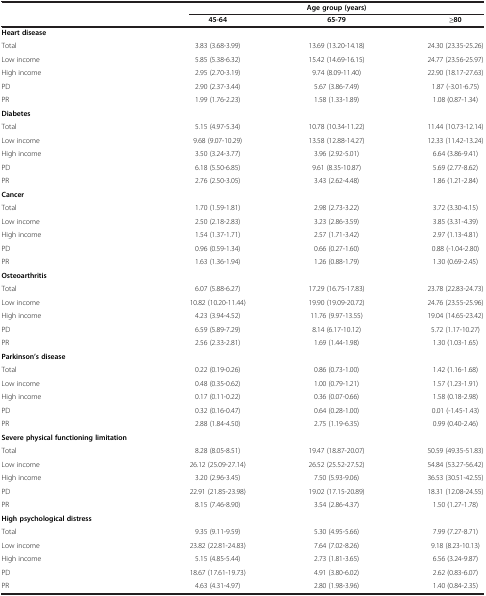
<table><thead><tr><td><b> </b></td><td colspan="3"><b>Age group (years)</b></td></tr><tr><td><b> </b></td><td><b>45-64</b></td><td><b>65-79</b></td><td><b>≥80</b></td></tr></thead><tbody><tr><td><b>Heart disease</b></td><td> </td><td> </td><td> </td></tr><tr><td>Total</td><td>3.83 (3.68-3.99)</td><td>13.69 (13.20-14.18)</td><td>24.30 (23.35-25.26)</td></tr><tr><td>Low income</td><td>5.85 (5.38-6.32)</td><td>15.42 (14.69-16.15)</td><td>24.77 (23.56-25.97)</td></tr><tr><td>High income</td><td>2.95 (2.70-3.19)</td><td>9.74 (8.09-11.40)</td><td>22.90 (18.17-27.63)</td></tr><tr><td>PD</td><td>2.90 (2.37-3.44)</td><td>5.67 (3.86-7.49)</td><td>1.87 (-3.01-6.75)</td></tr><tr><td>PR</td><td>1.99 (1.76-2.23)</td><td>1.58 (1.33-1.89)</td><td>1.08 (0.87-1.34)</td></tr><tr><td><b>Diabetes</b></td><td> </td><td> </td><td> </td></tr><tr><td>Total</td><td>5.15 (4.97-5.34)</td><td>10.78 (10.34-11.22)</td><td>11.44 (10.73-12.14)</td></tr><tr><td>Low income</td><td>9.68 (9.07-10.29)</td><td>13.58 (12.88-14.27)</td><td>12.33 (11.42-13.24)</td></tr><tr><td>High income</td><td>3.50 (3.24-3.77)</td><td>3.96 (2.92-5.01)</td><td>6.64 (3.86-9.41)</td></tr><tr><td>PD</td><td>6.18 (5.50-6.85)</td><td>9.61 (8.35-10.87)</td><td>5.69 (2.77-8.62)</td></tr><tr><td>PR</td><td>2.76 (2.50-3.05)</td><td>3.43 (2.62-4.48)</td><td>1.86 (1.21-2.84)</td></tr><tr><td><b>Cancer</b></td><td> </td><td> </td><td> </td></tr><tr><td>Total</td><td>1.70 (1.59-1.81)</td><td>2.98 (2.73-3.22)</td><td>3.72 (3.30-4.15)</td></tr><tr><td>Low income</td><td>2.50 (2.18-2.83)</td><td>3.23 (2.86-3.59)</td><td>3.85 (3.31-4.39)</td></tr><tr><td>High income</td><td>1.54 (1.37-1.71)</td><td>2.57 (1.71-3.42)</td><td>2.97 (1.13-4.81)</td></tr><tr><td>PD</td><td>0.96 (0.59-1.34)</td><td>0.66 (0.27-1.60)</td><td>0.88 (-1.04-2.80)</td></tr><tr><td>PR</td><td>1.63 (1.36-1.94)</td><td>1.26 (0.88-1.79)</td><td>1.30 (0.69-2.45)</td></tr><tr><td><b>Osteoarthritis</b></td><td> </td><td> </td><td> </td></tr><tr><td>Total</td><td>6.07 (5.88-6.27)</td><td>17.29 (16.75-17.83)</td><td>23.78 (22.83-24.73)</td></tr><tr><td>Low income</td><td>10.82 (10.20-11.44)</td><td>19.90 (19.09-20.72)</td><td>24.76 (23.55-25.96)</td></tr><tr><td>High income</td><td>4.23 (3.94-4.52)</td><td>11.76 (9.97-13.55)</td><td>19.04 (14.65-23.42)</td></tr><tr><td>PD</td><td>6.59 (5.89-7.29)</td><td>8.14 (6.17-10.12)</td><td>5.72 (1.17-10.27)</td></tr><tr><td>PR</td><td>2.56 (2.33-2.81)</td><td>1.69 (1.44-1.98)</td><td>1.30 (1.03-1.65)</td></tr><tr><td><b>Parkinson’s disease</b></td><td> </td><td> </td><td> </td></tr><tr><td>Total</td><td>0.22 (0.19-0.26)</td><td>0.86 (0.73-1.00)</td><td>1.42 (1.16-1.68)</td></tr><tr><td>Low income</td><td>0.48 (0.35-0.62)</td><td>1.00 (0.79-1.21)</td><td>1.57 (1.23-1.91)</td></tr><tr><td>High income</td><td>0.17 (0.11-0.22)</td><td>0.36 (0.07-0.66)</td><td>1.58 (0.18-2.98)</td></tr><tr><td>PD</td><td>0.32 (0.16-0.47)</td><td>0.64 (0.28-1.00)</td><td>0.01 (-1.45-1.43)</td></tr><tr><td>PR</td><td>2.88 (1.84-4.50)</td><td>2.75 (1.19-6.35)</td><td>0.99 (0.40-2.46)</td></tr><tr><td><b>Severe physical functioning limitation</b></td><td> </td><td> </td><td> </td></tr><tr><td>Total</td><td>8.28 (8.05-8.51)</td><td>19.47 (18.87-20.07)</td><td>50.59 (49.35-51.83)</td></tr><tr><td>Low income</td><td>26.12 (25.09-27.14)</td><td>26.52 (25.52-27.52)</td><td>54.84 (53.27-56.42)</td></tr><tr><td>High income</td><td>3.20 (2.96-3.45)</td><td>7.50 (5.93-9.06)</td><td>36.53 (30.51-42.55)</td></tr><tr><td>PD</td><td>22.91 (21.85-23.98)</td><td>19.02 (17.15-20.89)</td><td>18.31 (12.08-24.55)</td></tr><tr><td>PR</td><td>8.15 (7.46-8.90)</td><td>3.54 (2.86-4.37)</td><td>1.50 (1.27-1.78)</td></tr><tr><td><b>High psychological distress</b></td><td> </td><td> </td><td> </td></tr><tr><td>Total</td><td>9.35 (9.11-9.59)</td><td>5.30 (4.95-5.66)</td><td>7.99 (7.27-8.71)</td></tr><tr><td>Low income</td><td>23.82 (22.81-24.83)</td><td>7.64 (7.02-8.26)</td><td>9.18 (8.23-10.13)</td></tr><tr><td>High income</td><td>5.15 (4.85-5.44)</td><td>2.73 (1.81-3.65)</td><td>6.56 (3.24-9.87)</td></tr><tr><td>PD</td><td>18.67 (17.61-19.73)</td><td>4.91 (3.80-6.02)</td><td>2.62 (0.83-6.07)</td></tr><tr><td>PR</td><td>4.63 (4.31-4.97)</td><td>2.80 (1.98-3.96)</td><td>1.40 (0.84-2.35)</td></tr></tbody></table>